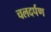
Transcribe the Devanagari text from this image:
चलदर्पण